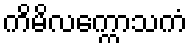
ကိမိလက္ကောသကံ